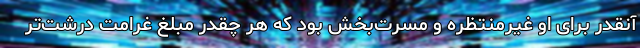
آنقدر برای او غیرمنتظره و مسرت‌بخش بود که هر چقدر مبلغ غرامت درشت‌تر